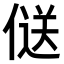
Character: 𠌡